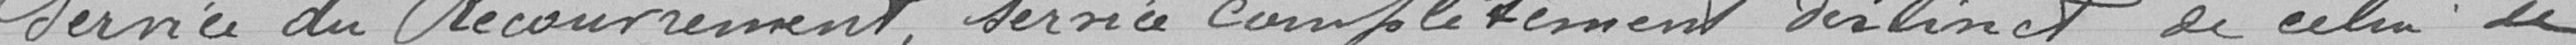
Service de Recouvrement, service complètement distinct de celui de